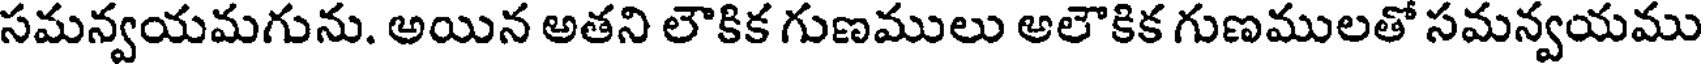
సమన్వయమగును. అయిన అతని లౌకిక గుణములు అలౌకిక గుణములతో సమన్వయము